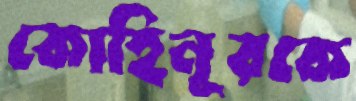
কোহিনূরকে